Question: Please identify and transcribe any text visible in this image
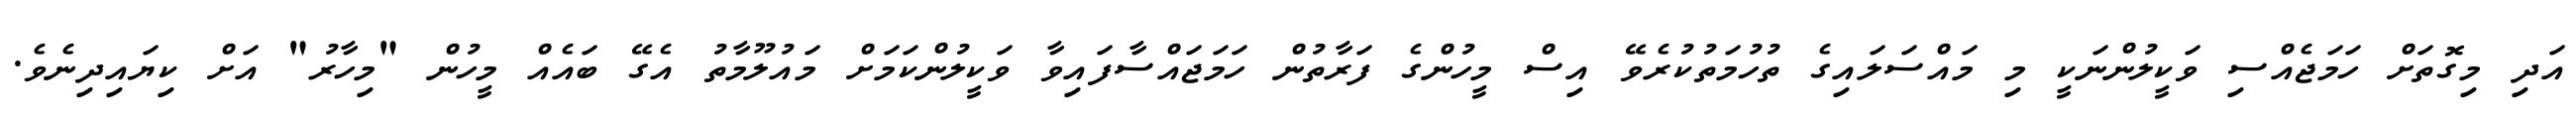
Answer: އަދި މިގޮތަށް ހަމަޖެއްސި ވަކީލުންނަކީ މި މައްސަލައިގެ ތުހުމަތުކުރެވޭ އިސް މީހުންގެ ފަރާތުން ހަމަޖައްސާފައިވާ ވަކީލުންކަމަށް މައުލޫމާތު އެގޭ ބައެއް މީހުން "މިހާރު" އަށް ކިޔައިދިނެވެ.